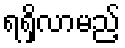
ရရှိလာမည့်